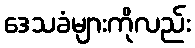
ဒေသခံများကိုလည်း